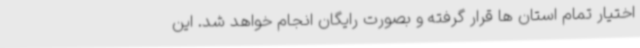
اختیار تمام استان ها قرار گرفته و بصورت رایگان انجام خواهد شد. این